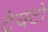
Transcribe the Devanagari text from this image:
टेयटो